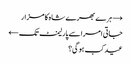
→ ہرے بھرے شاہ کا مزار
جاتی امرا سے پارلیمنٹ تک ←
عید کب ہوگی؟